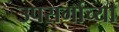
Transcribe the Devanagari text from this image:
उपसर्गाच्या